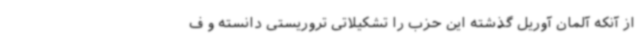
از آنکه آلمان آوریل گذشته این حزب را تشکیلاتی تروریستی دانسته و ف